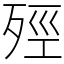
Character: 殌